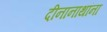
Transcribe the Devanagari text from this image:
दीनानाथांना